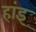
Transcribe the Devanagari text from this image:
हांइ